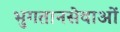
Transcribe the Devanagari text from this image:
भुगतानसेवाओं